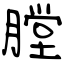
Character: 膛